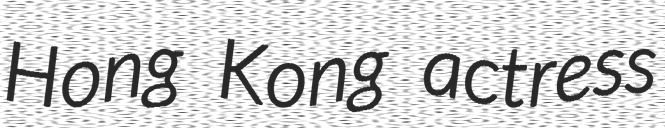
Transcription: Hong Kong actress